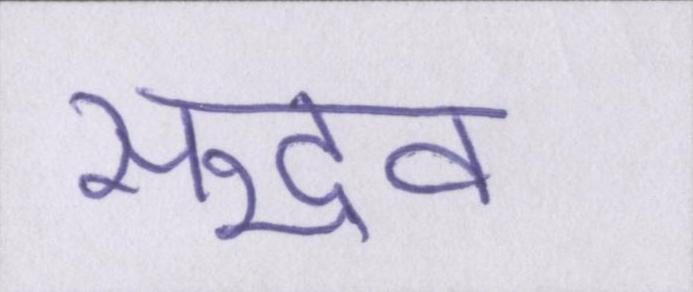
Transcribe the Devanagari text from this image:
सद्भव